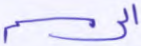
الرسم